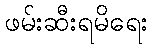
ဖမ်းဆီးရမိရေး